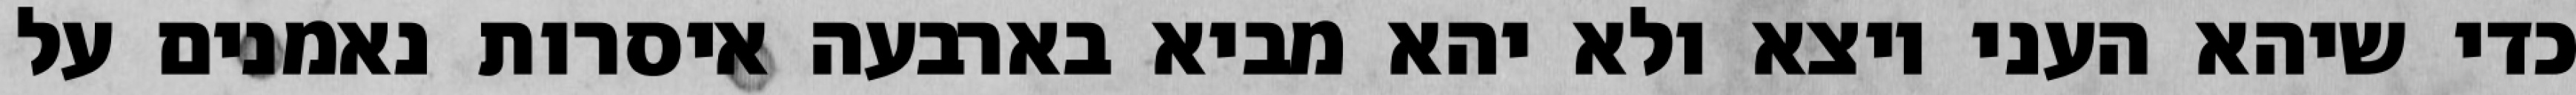
כדי שיהא העני יוצא ולא יהא מביא בארבעה איסרות נאמנים על